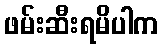
ဖမ်းဆီးရမိပါက